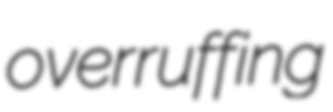
overruffing